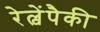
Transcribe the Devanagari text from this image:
रेल्वेंपैकी